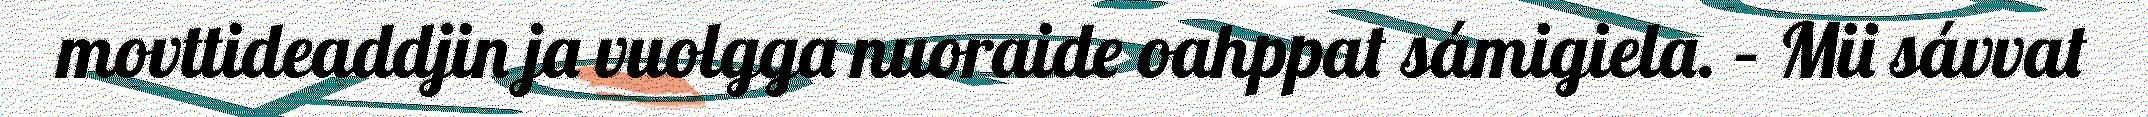
movttideaddjin ja vuolgga nuoraide oahppat sámigiela. – Mii sávvat